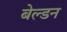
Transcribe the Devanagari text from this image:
बेल्डन